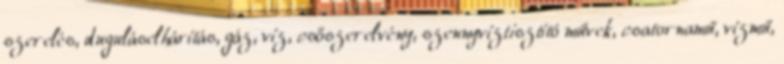
szerelés, duguláselhárítás, gáz, víz, csőszerelvény, szennyvíztisztító művek, csatornamű, vízmű,